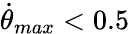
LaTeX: \dot{\theta}_{max}<0.5